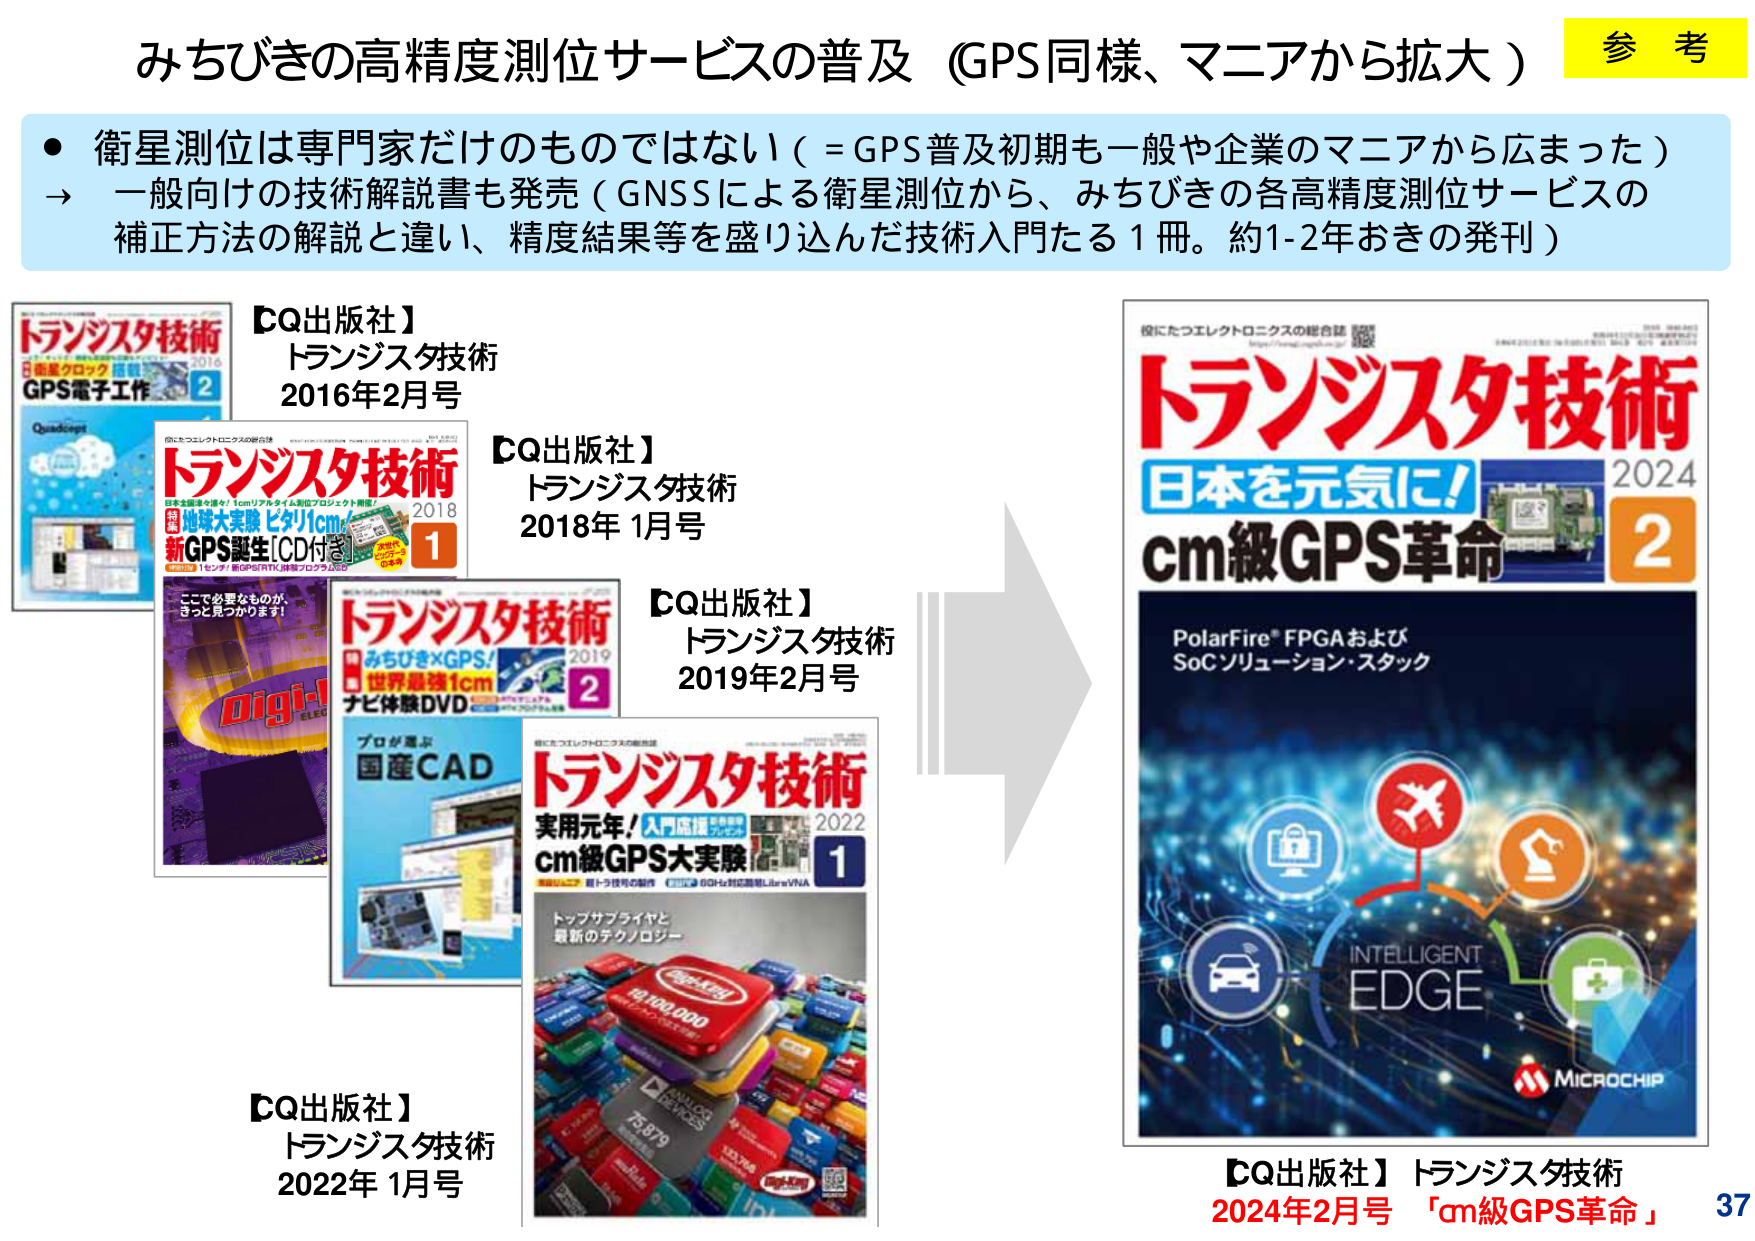
みちびきの高精度測位サービスの普及（GPS同様、マニアから拡大）

参考

・衛星測位は専門家だけのものではない（＝GPS普及初期も一般や企業のマニアから広まった）
→ 一般向けの技術解説書も発売（GNSSによる衛星測位から、みちびきの各高精度測位サービスの補正方法の解説と違い、精度結果等を盛り込んだ技術入門たる1冊。約1-2年おきの発刊）

【CQ出版社】
トランジスタ技術
2016年2月号

【CQ出版社】
トランジスタ技術
2018年1月号

【CQ出版社】
トランジスタ技術
2019年2月号

【CQ出版社】
トランジスタ技術
2022年1月号

【CQ出版社】
トランジスタ技術
2024年2月号 「cm級GPS革命」

トランジスタ技術
日本を元気に！
cm級GPS革命
2024
2

役にたつエレクトロニクスの総合誌
https://transistor.cqpub.co.jp

PolarFire® FPGAおよび
SoCソリューション・スタック

INTELLIGENT
EDGE

MICROCHIP

トランジスタ技術
GPS電子工作
2016
2
Quadkept

トランジスタ技術
2018
1
日本全国津々浦々！1cmリアルタイム測位プロジェクト開催！
地球大実験 ビタリ1cm！
新GPS誕生[CD付き]
1センサ！新GPSRTK！体験プログラム付き
次世代
GPS
の本命

ここで必要なものが、
きっと見つかります！

Digi-Key
ELEC

トランジスタ技術
2019
2
みちびき×GPS！
世界最強1cm
ナビ体験DVD

プロが選ぶ
国産CAD

トランジスタ技術
実用元年！入門応援
cm級GPS大実験
2022
1
トップサプライヤと
最新のテクノロジー
10,100,000
ANALOG
DEVICES
75879
Digi-Key

37